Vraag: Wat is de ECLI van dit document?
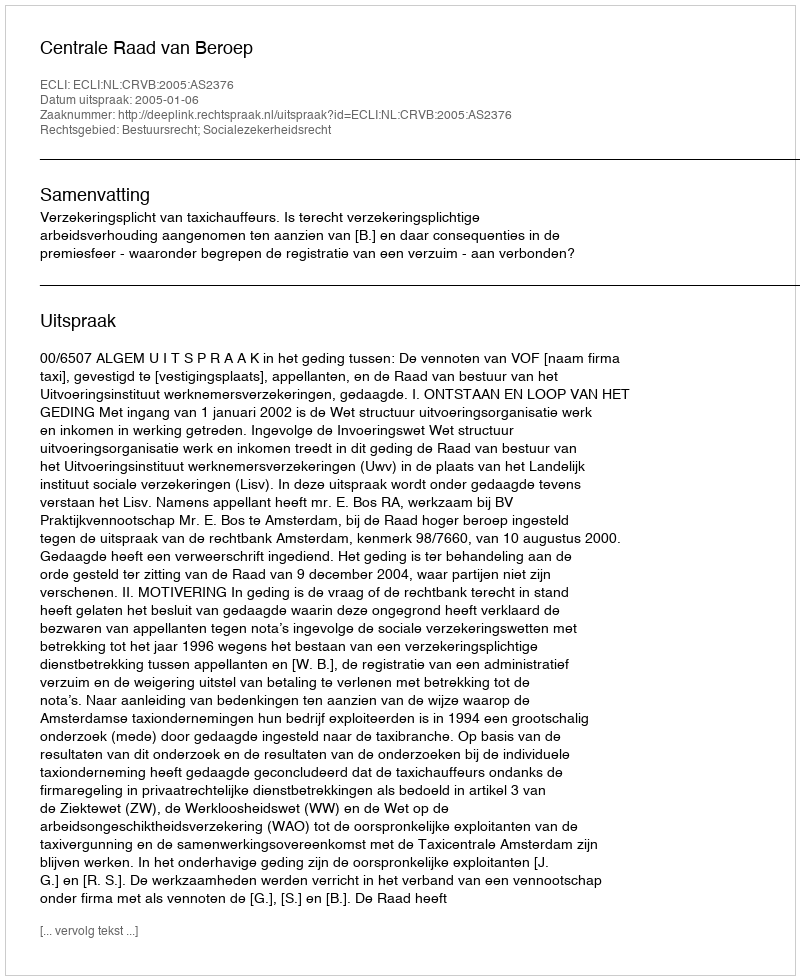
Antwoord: ECLI:NL:CRVB:2005:AS2376